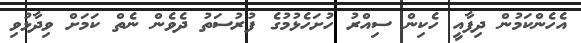
އެހެންކަމުން ދިފާއީ ހެކިން ސިއްރު ހުށަހެޅުމުގެ ފުރުސަތު ދެވެން ނެތް ކަމަށް ވިދާޅުވި